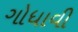
ગોધાવી